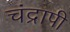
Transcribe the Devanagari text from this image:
चंद्रापी